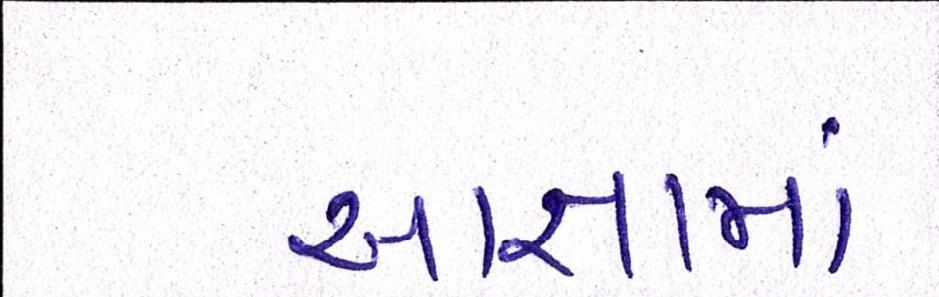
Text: આજ્ઞામાં